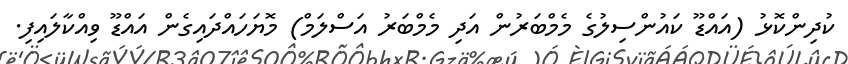
ކުދިންކޮޅު (އައްޑޫ ކައުންސިލުގެ މެމްބަރުން އަދި މެމްބަރު އަސްލަމް) މޮޔަހައްދައިގެން އައްޑޫ ވިއްކާލައިފި.